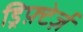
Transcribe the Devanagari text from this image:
ड्रिफ़्टेर्ज़